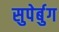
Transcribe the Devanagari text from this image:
सुपेर्बुग